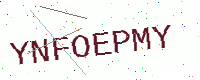
Text: YNFOEPMY